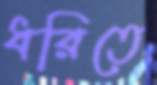
ধরিতে